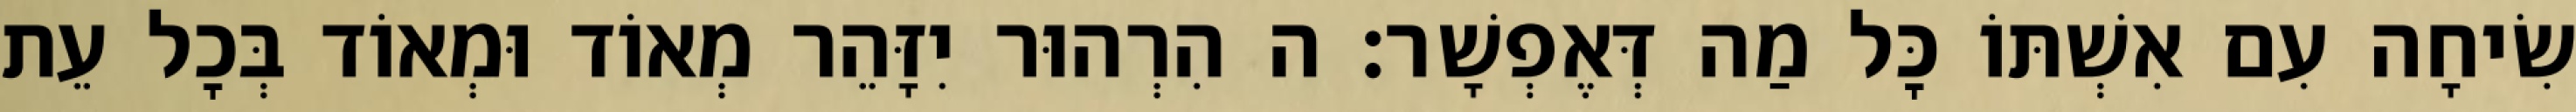
שִׂיחָה עִם אִשְׁתּוֹ כׇּל מַה דְּאֶפְשָׁר: ה הִרְהוּר יִזָּהֵר מְאוֹד וּמְאוֹד בְּכׇל עֵת